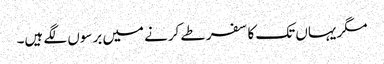
مگر یہاں تک کا سفر طے کرنے میں برسوں لگے ہیں۔